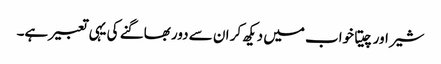
شیر اور چیتا خواب میں دیکھ کر ان سے دور بھاگنے کی یہی تعبیر ہے۔